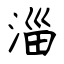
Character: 淄